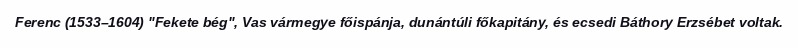
Ferenc (1533–1604) "Fekete bég", Vas vármegye főispánja, dunántúli főkapitány, és ecsedi Báthory Erzsébet voltak.